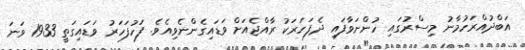
އަބްދުއްރަހުމާނު މިސްރުގައި ހުންނަވާފައި ދެފަހަރަކު ރާއްޖެއަށް ވަޑައިގެންނެވިއެވެ. ފަހުފަހަރު ވަޑައިގަތީ 1933 ވަނަ